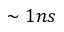
\sim 1 n s